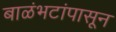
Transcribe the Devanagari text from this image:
बाळंभटांपासून